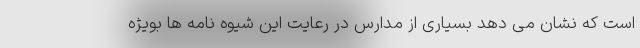
است که نشان می دهد بسیاری از مدارس در رعایت این شیوه نامه ها بویژه